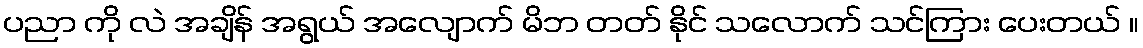
ပညာ ကို လဲ အချိန် အရွယ် အလျောက် မိဘ တတ် နိုင် သလောက် သင်ကြား ပေးတယ် ။